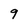
Character: 9